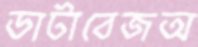
ডাটাবেজঅ